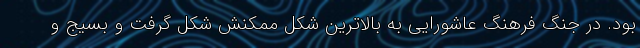
بود. در جنگ فرهنگ عاشورایی به بالاترین شکل ممکنش شکل گرفت و بسیج و